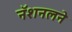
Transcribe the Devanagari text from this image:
नॅशनलने